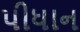
પીધાન